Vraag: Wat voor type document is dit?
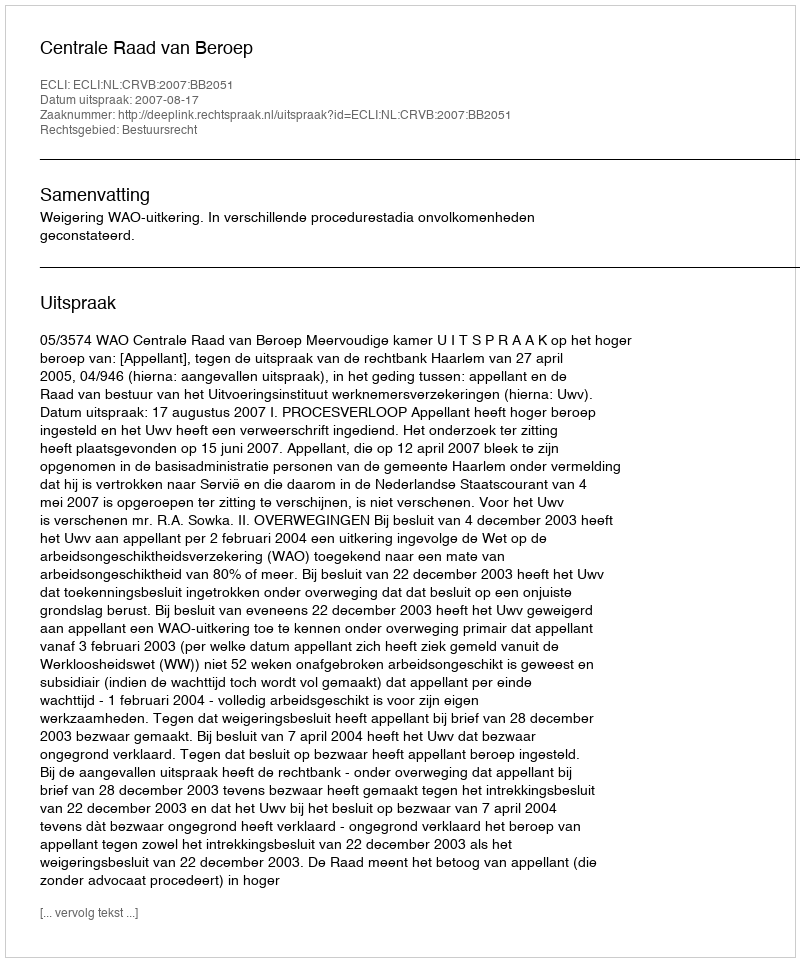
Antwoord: Uitspraak